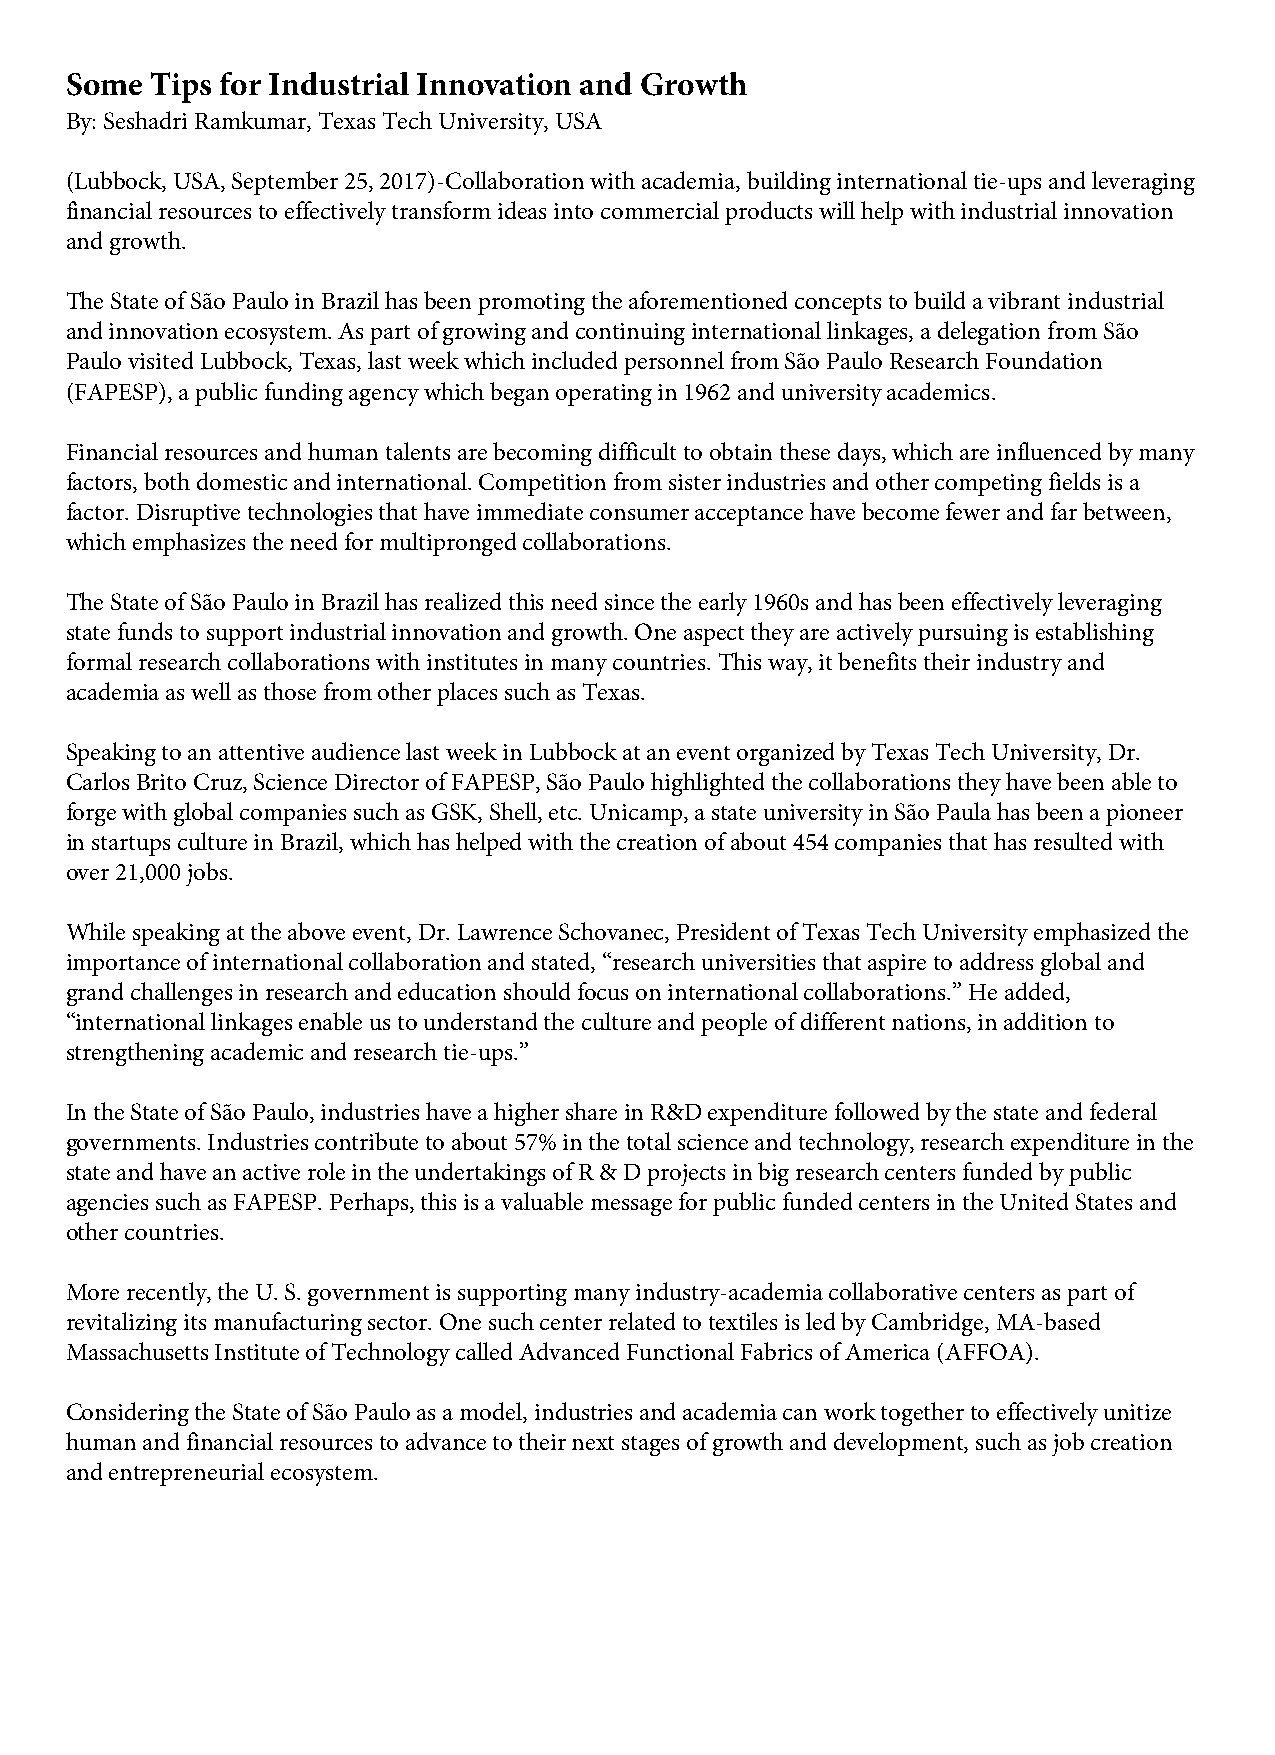
Some  Tips for Industrial Innovation and Growth
 By: Seshadri Ramkumar, Texas Tech University, USA
 (Lubbock, USA, September 25, 2017)-Collaboration with academia, building international tie-ups and leveraging
 financial resources to effectively transform ideas into commercial products will help with industrial innovation
 and growth.
 The State of São Paulo in Brazil has been promoting the aforementioned concepts to build a vibrant industrial
 and innovation ecosystem. As part of growing and continuing international linkages, a delegation from São
 Paulo visited Lubbock, Texas, last week which included personnel from São Paulo Research Foundation
 (FAPESP), a public funding agency which began operating in 1962 and university academics.
 Financial resources and human talents are becoming difficult to obtain these days, which are influenced by many
 factors, both domestic and international. Competition from sister industries and other competing fields is a
 factor. Disruptive technologies that have immediate consumer acceptance have become fewer and far between,
 which emphasizes the need for multipronged collaborations.
 The State of São Paulo in Brazil has realized this need since the early 1960s and has been effectively leveraging
 state funds to support industrial innovation and growth. One aspect they are actively pursuing is establishing
 formal research collaborations with institutes in many countries. This way, it benefits their industry and
 academia as well as those from other places such as Texas.
 Speaking to an attentive audience last week in Lubbock at an event organized by Texas Tech University, Dr.
 Carlos Brito Cruz, Science Director of FAPESP, São Paulo highlighted the collaborations they have been able to
 forge with global companies such as GSK, Shell, etc. Unicamp, a state university in São Paula has been a pioneer
 in startups culture in Brazil, which has helped with the creation of about 454 companies that has resulted with
 over 21,000 jobs.
 While speaking at the above event, Dr. Lawrence Schovanec, President of Texas Tech University emphasized the
 importance of international collaboration and stated, “research universities that aspire to address global and
 grand challenges in research and education should focus on international collaborations.” He added,
 “international linkages enable us to understand the culture and people of different nations, in addition to
 strengthening academic and research tie-ups.”
 In the State of São Paulo, industries have a higher share in R&D expenditure followed by the state and federal
 governments. Industries contribute to about 57% in the total science and technology, research expenditure in the
 state and have an active role in the undertakings of R & D projects in big research centers funded by public
 agencies such as FAPESP. Perhaps, this is a valuable message for public funded centers in the United States and
 other countries.
 More recently, the U. S. government is supporting many industry-academia collaborative centers as part of
 revitalizing its manufacturing sector. One such center related to textiles is led by Cambridge, MA-based
 Massachusetts Institute of Technology called Advanced Functional Fabrics of America (AFFOA).
 Considering the State of São Paulo as a model, industries and academia can work together to effectively unitize
 human and financial resources to advance to their next stages of growth and development, such as job creation
 and entrepreneurial ecosystem.